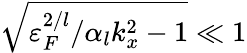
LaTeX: \sqrt{\varepsilon_{F}^{2/l}/\alpha_{l}k_{x}^{2}-1}\ll 1